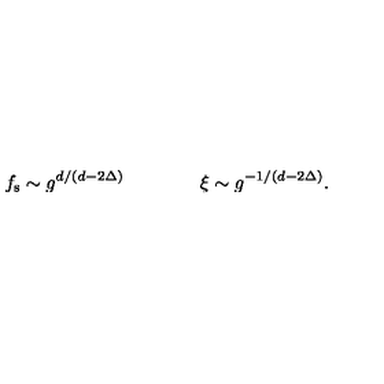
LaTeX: f _ { \mathrm { s } } \sim g ^ { d / ( d - 2 \Delta ) } \qquad \qquad \xi \sim g ^ { - 1 / ( d - 2 \Delta ) } .